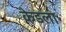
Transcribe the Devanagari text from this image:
केडला